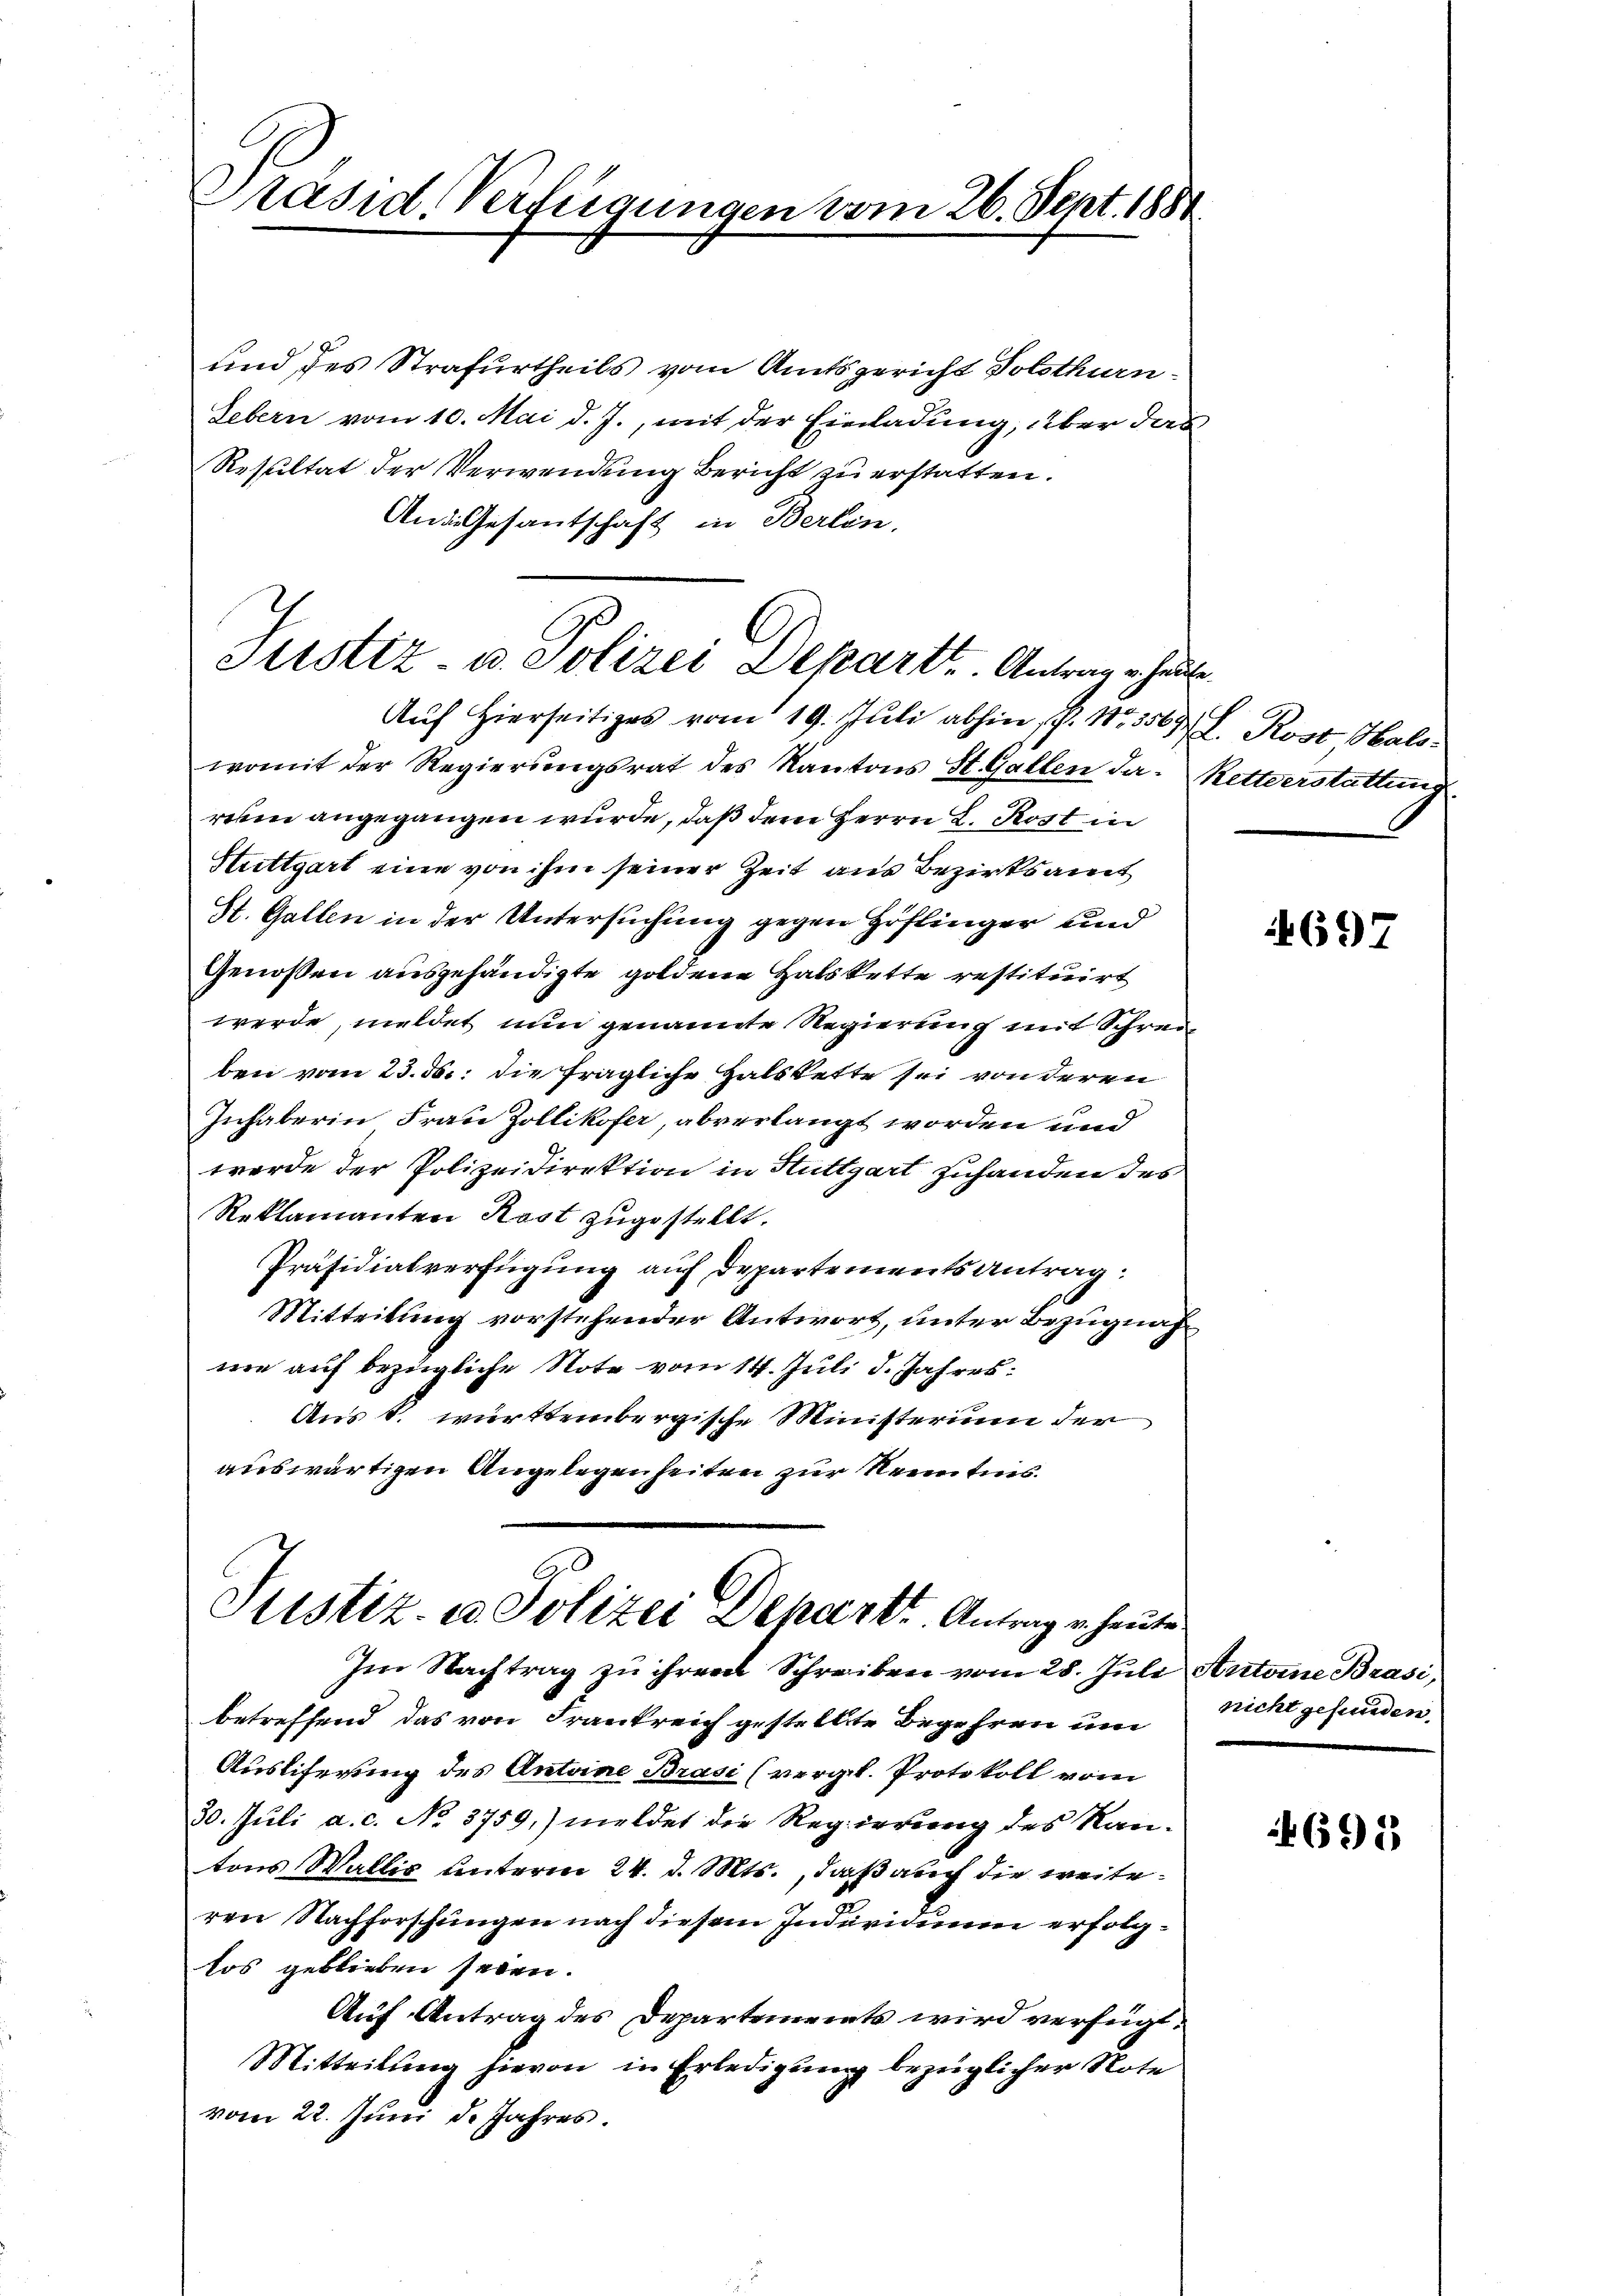
Präsid Verfügungen vom 26. Sept. 1881

und des Strafurtheils vom Amtsgericht Solothurn
Lebern vom 10. Mai d. J., mit der Einladung, über das
Resultat der Verwendung Bericht zu erstatten.
And Gesantschaft in Berlin.
Auf hierseitiges vom 19. Juli abhin P. 1133569. Rost Halowomit der Regierungsrat des Kantons St. Gallen da. Rettverstattung
reien angegangen wurde, daß dem Herrn L. Rost in
Stuttgart eine von ihm seiner Zeit aus Bezirksamt
St. Gallen in der Untersuchung gegen Höflinger und
Genoßen ausgehändigte goldene Halskette restituirt
werde, meldet nun genannte Regierung mit Schreiben vom 23. ds. die fragliche Halskette sei von deren
Inhaberin Frau Zollikofer, abverlangt worden und
werde der Polizeidirektion in Stuttgart zuhanden des
Reklamanten Kost zugestellt.
Präsidialverfügung auf Departements Antrag:
Mitteilung vorstehender Antwort, unter Bezugnahne auf bezügliche Note vom 14. Juli d. Jahres
Aus s. württembergische Ministerium der
auswärtigen Angelegenheiten zur Kenntnis.
6
Justiz- u. Polizei Dehart. Antrag er heute
Im Nachtrag zu ihrem Schreiben vom 28. Juli Antoine Brasi,
betreffend das von Frankreich gestellte Begehren um
Auslieferung des Antoine Brasi (vergl. Protokoll vom
30. Juli a. c. No 3759,) meldet die Regierung des Kan-
tons Wallis unterm 24. d. Mts., daß auch die weiteren Nachforschungen nach diesem Individuum erfolglos geblieben seien.
Auf Antrag des Departements wird verfügt:
Mitteilung hievon in Erledigung bezüglicher Note
vom 22. Juni d. Jahres.

Justiz- u. Polizei Depart. Antrag er heute.

697

nicht gefunden.

695